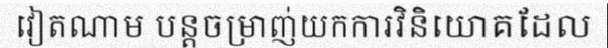
វៀតណាម បន្តចម្រាញ់យកការវិនិយោគដែល